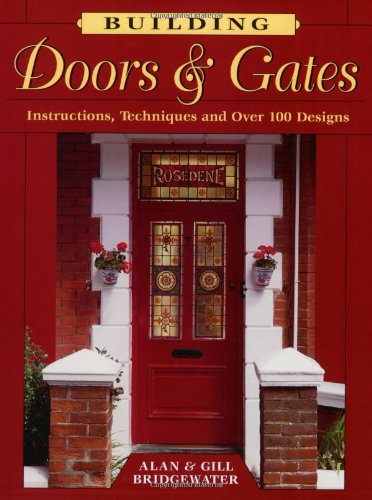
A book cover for Building Doors & Gates: Instructions, Techniques and Over 100 Designs; Alan Bridgewater; Crafts, Hobbies & Home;